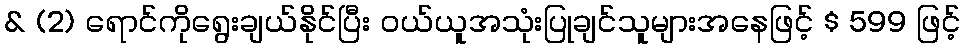
& (2) ရောင်ကိုရွေးချယ်နိုင်ပြီး ဝယ်ယူအသုံးပြုချင်သူများအနေဖြင့် $ 599 ဖြင့်